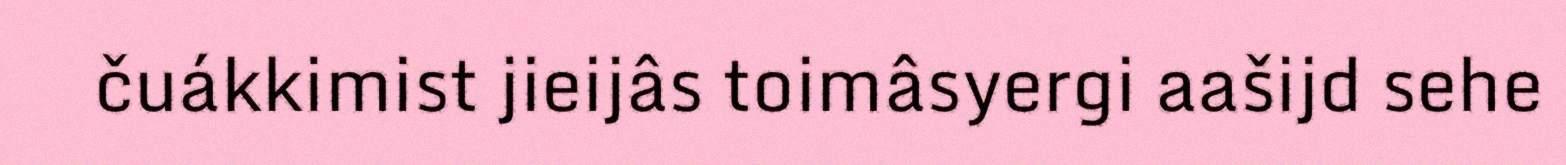
čuákkimist jieijâs toimâsyergi aašijd sehe